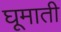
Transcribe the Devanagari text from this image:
घूमाती